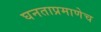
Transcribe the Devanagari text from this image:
घनताप्रमाणेच